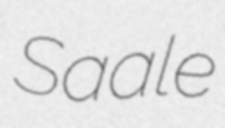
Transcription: Saale